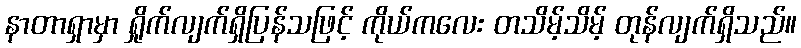
နာတာရှာမှာ ရှိုက်လျက်ရှိပြန်သဖြင့် ကိုယ်ကလေး တသိမ့်သိမ့် တုန်လျက်ရှိသည်။